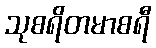
သုစရိတမာစရီ